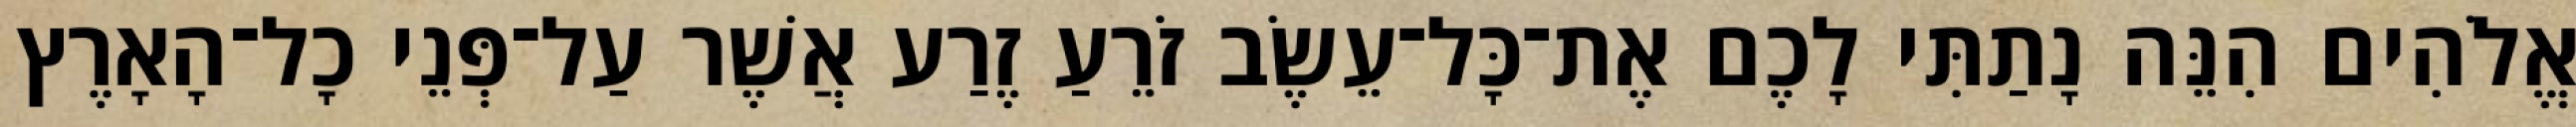
אֱלֹהִים הִנֵּה נָתַתִּי לָכֶם אֶת־כָּל־עֵשֶׂב זֹרֵעַ זֶרַע אֲשֶׁר עַל־פְּנֵי כָל־הָאָרֶץ